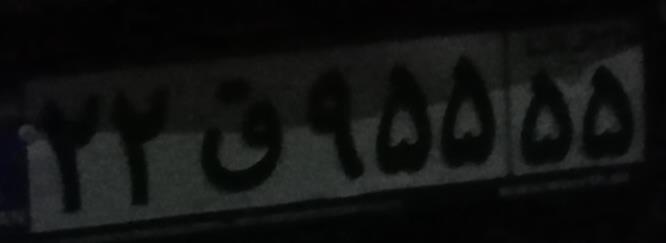
۲۲ق۹۵۵۵۵